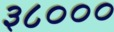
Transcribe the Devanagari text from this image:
३८०००